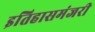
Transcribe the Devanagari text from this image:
इतिहासमंजरी